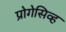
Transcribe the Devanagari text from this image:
प्रोगेसिव्ह